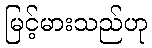
မြင့်မားသည်ဟု